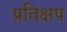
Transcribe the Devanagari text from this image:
प्रतिक्षप